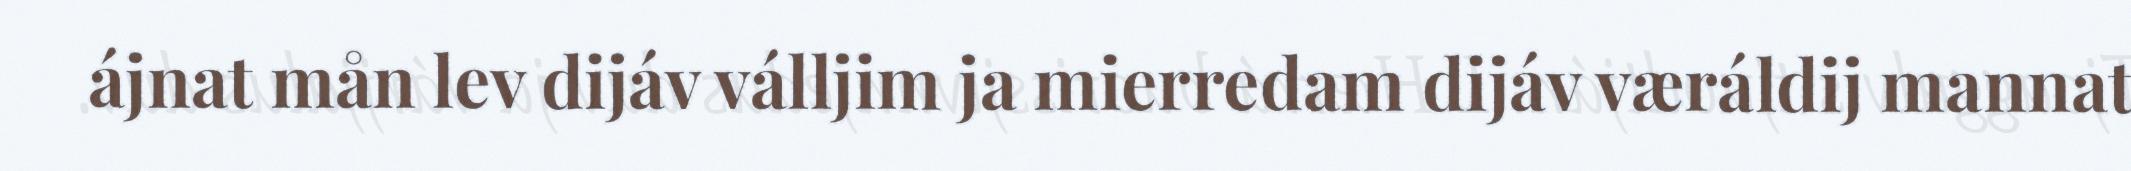
ájnat mån lev dijáv válljim ja mierredam dijáv væráldij mannat